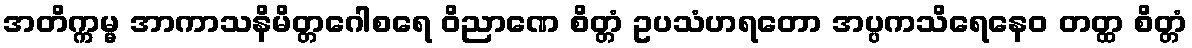
အတိက္ကမ္မ အာကာသနိမိတ္တဂေါစရေ ဝိညာဏေ စိတ္တံ ဥပသံဟရတော အပ္ပကသိရေနေဝ တတ္ထ စိတ္တံ